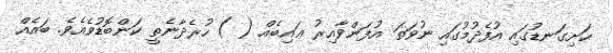
ހަށިގަނޑުގައި އުފެދުމުގައި ނުވަތަ އުފަންވާއިރު ޢައިބެއް ( ) ހުރެދާނެތީ ކަންބޮޑުވެއެވެ. ބައެއް